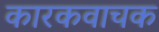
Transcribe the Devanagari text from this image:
कारकवाचक